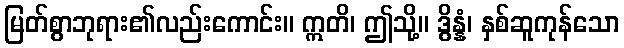
မြတ်စွာဘုရား၏လည်းကောင်း။ ဣတိ၊ ဤသို့။ ဒွိန္နံ၊ နှစ်ဆူကုန်သော